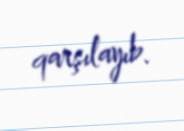
qarşılayıb.